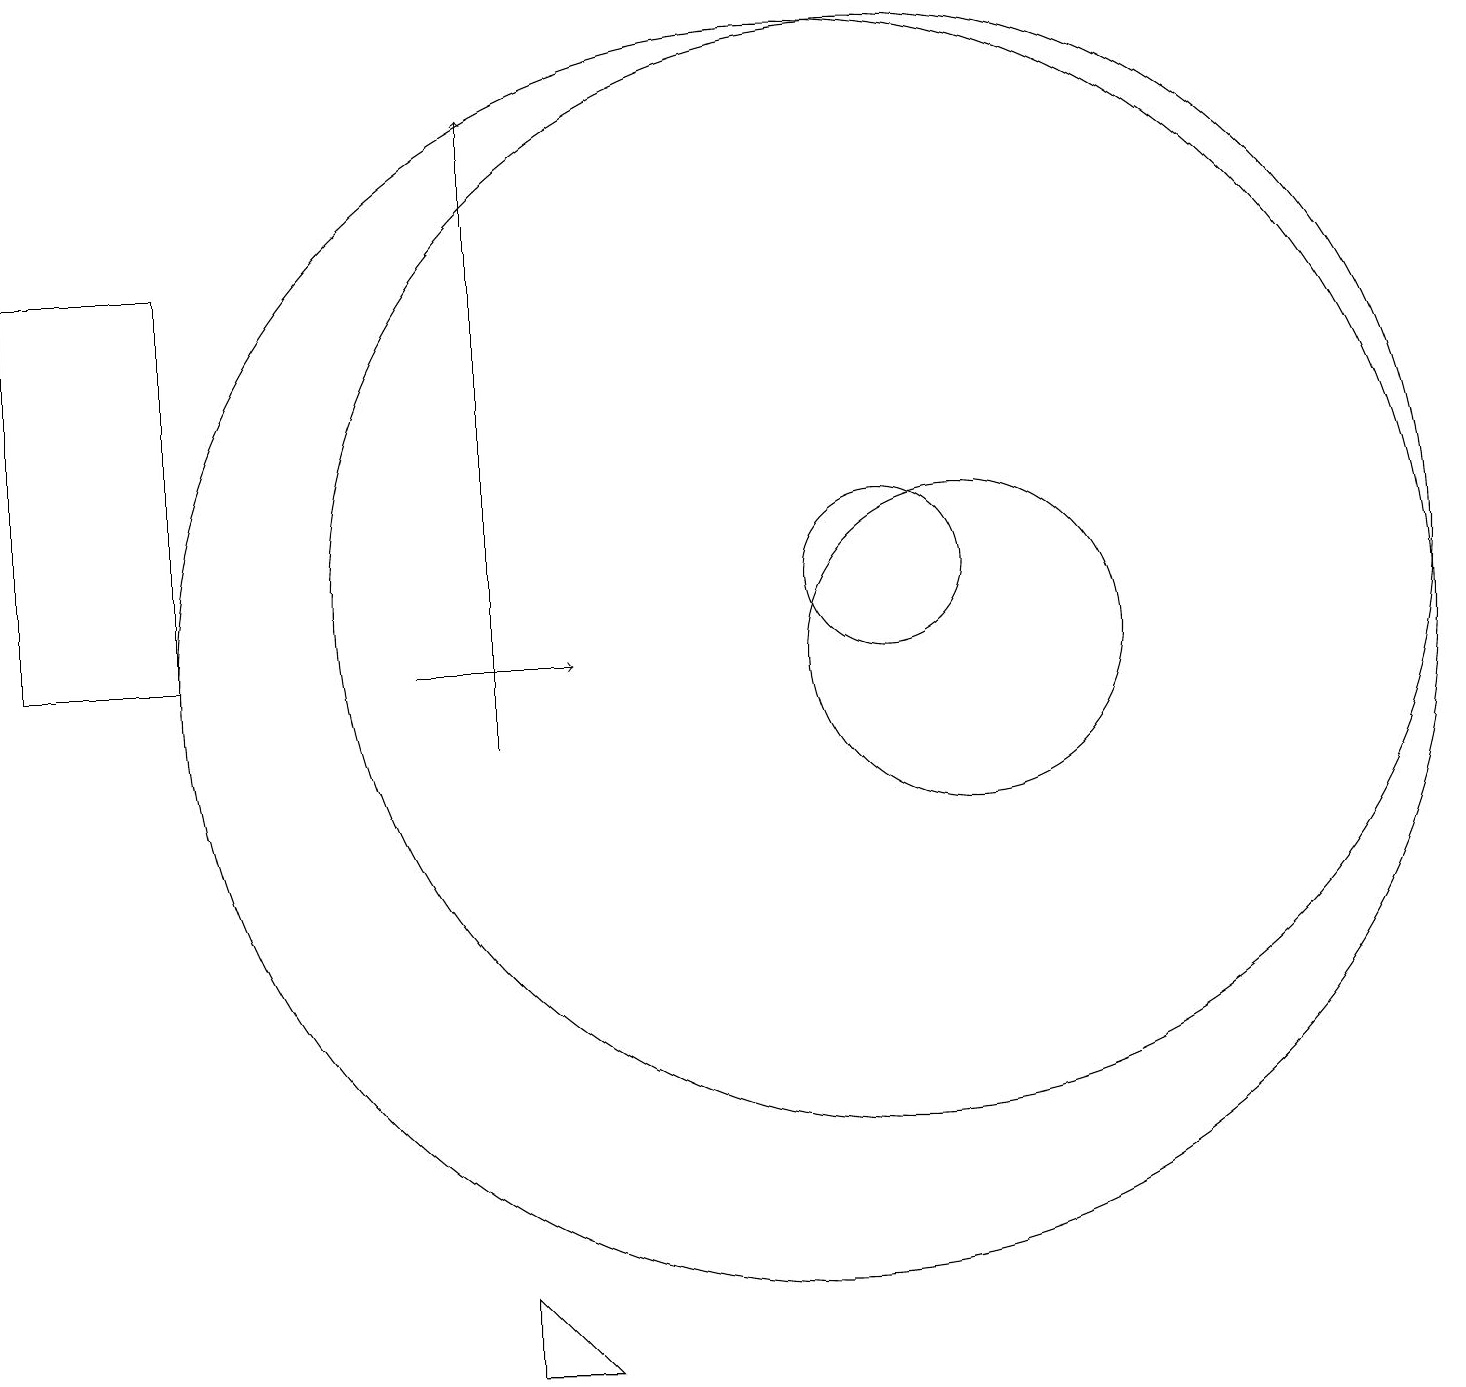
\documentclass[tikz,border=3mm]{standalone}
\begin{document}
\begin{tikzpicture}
\draw (6,2) -- (6,3) -- (7,2) -- cycle;
\draw (11,12) circle (7);
\draw[->] (6,10) -- (6,18);
\draw (0,16) rectangle (2,11);
\draw (12,11) circle (2);
\draw[->] (5,11) -- (7,11);
\draw (11,12) circle (1);
\draw (10,11) circle (8);
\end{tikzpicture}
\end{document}